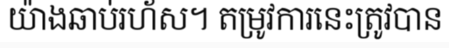
យ៉ាងឆាប់រហ័ស។ តម្រូវការនេះត្រូវបាន